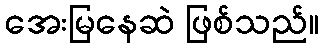
အေးမြနေဆဲ ဖြစ်သည်။